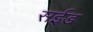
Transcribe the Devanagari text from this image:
सईड